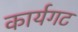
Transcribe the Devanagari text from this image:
कार्यगट